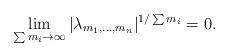
LaTeX: \begin{align*} \lim_{\sum m_i \to \infty } |\lambda_{m_1, \ldots, m_n}|^{1/\sum m_i}= 0. \end{align*}